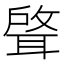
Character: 𫆈